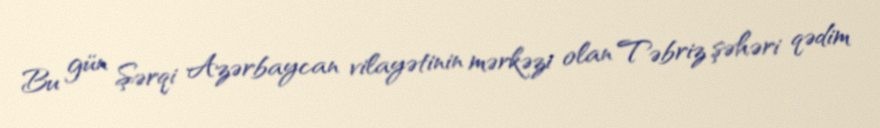
Bu gün Şərqi Azərbaycan vilayətinin mərkəzi olan Təbriz şəhəri qədim